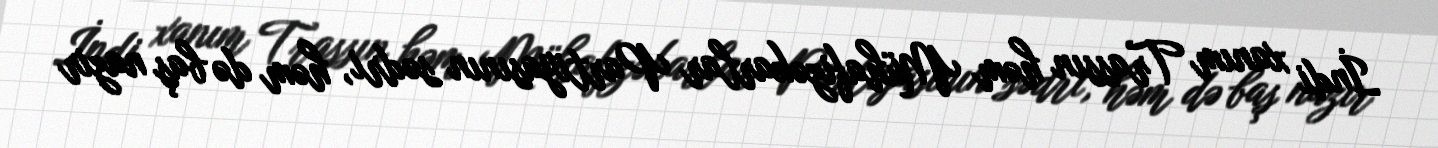
İndi xanım Trassın həm Mühafizəkarlar Partiyasının sədri, həm də baş nazir